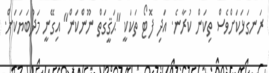
ރަނގަޅަކަށްވެސް ތިކަން ކުރާނެ. އަދި ފޮޓޯ ތަކަކީ "ޙަޤީގަތް ނޫންކަން" އިގޭނީ މަދުބަޔަކަށް.